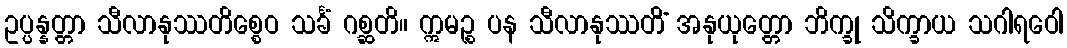
ဥပ္ပန္နတ္တာ သီလာနုဿတိစ္စေဝ သင်္ခံ ဂစ္ဆတိ။ ဣမဉ္စ ပန သီလာနုဿတိံ အနုယုတ္တော ဘိက္ခု သိက္ခာယ သဂါရဝေါ